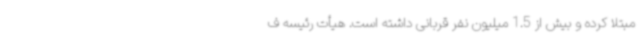
مبتلا کرده و بیش از 1.5 میلیون نفر قربانی داشته است. هیأت رئیسه ف